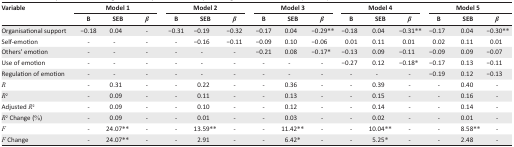
<table><thead><tr><td rowspan="3"><b>Variable</b></td><td colspan="3"><b>Model 1</b></td><td colspan="3"><b>Model 2</b></td><td colspan="3"><b>Model 3</b></td><td colspan="3"><b>Model 4</b></td><td colspan="3"><b>Model 5</b></td></tr><tr><td><b>B</b></td><td><b>SEB</b></td><td><b><i>β</i></b></td><td><b>B</b></td><td><b>SEB</b></td><td><b><i>β</i></b></td><td><b>B</b></td><td><b>SEB</b></td><td><b><i>β</i></b></td><td><b>B</b></td><td><b>SEB</b></td><td><b><i>β</i></b></td><td><b>B</b></td><td><b>SEB</b></td><td><b><i>β</i></b></td></tr></thead><tbody><tr><td>Organisational support</td><td>−0.18</td><td>0.04</td><td>-</td><td>−0.31</td><td>−0.19</td><td>−0.32</td><td>−0.17</td><td>0.04</td><td>−0.29**</td><td>−0.18</td><td>0.04</td><td>−0.31**</td><td>−0.17</td><td>0.04</td><td>−0.30**</td></tr><tr><td>Self-emotion</td><td>-</td><td>-</td><td>-</td><td>-</td><td>−0.16</td><td>−0.11</td><td>−0.09</td><td>0.10</td><td>−0.06</td><td>0.01</td><td>0.11</td><td>0.01</td><td>0.02</td><td>0.11</td><td>0.01</td></tr><tr><td>Others’ emotion</td><td>-</td><td>-</td><td>-</td><td>-</td><td>-</td><td>-</td><td>−0.21</td><td>0.08</td><td>−0.17*</td><td>−0.13</td><td>0.09</td><td>−0.11</td><td>−0.09</td><td>0.09</td><td>−0.07</td></tr><tr><td>Use of emotion</td><td>-</td><td>-</td><td>-</td><td>-</td><td>-</td><td>-</td><td>-</td><td>-</td><td>-</td><td>−0.27</td><td>0.12</td><td>−0.18*</td><td>−0.17</td><td>0.13</td><td>−0.11</td></tr><tr><td>Regulation of emotion</td><td>-</td><td>-</td><td>-</td><td>-</td><td>-</td><td>-</td><td>-</td><td>-</td><td>-</td><td>-</td><td>-</td><td>-</td><td>−0.19</td><td>0.12</td><td>−0.13</td></tr><tr><td><i>R</i></td><td>-</td><td>0.31</td><td>-</td><td>-</td><td>0.22</td><td>-</td><td>-</td><td>0.36</td><td>-</td><td>-</td><td>0.39</td><td>-</td><td>-</td><td>0.40</td><td>-</td></tr><tr><td><i>R</i><sup>2</sup></td><td>-</td><td>0.09</td><td>-</td><td>-</td><td>0.11</td><td>-</td><td>-</td><td>0.13</td><td>-</td><td>-</td><td>0.15</td><td>-</td><td>-</td><td>0.16</td><td>-</td></tr><tr><td>Adjusted <i>R</i><sup>2</sup></td><td>-</td><td>0.09</td><td>-</td><td>-</td><td>0.10</td><td>-</td><td>-</td><td>0.12</td><td>-</td><td>-</td><td>0.14</td><td>-</td><td>-</td><td>0.14</td><td>-</td></tr><tr><td><i>R</i><sup>2</sup> Change (%)</td><td>-</td><td>0.09</td><td>-</td><td>-</td><td>0.01</td><td>-</td><td>-</td><td>0.03</td><td>-</td><td>-</td><td>0.02</td><td>-</td><td>-</td><td>0.01</td><td>-</td></tr><tr><td><i>F</i></td><td>-</td><td>24.07**</td><td>-</td><td>-</td><td>13.59**</td><td>-</td><td>-</td><td>11.42**</td><td>-</td><td>-</td><td>10.04**</td><td>-</td><td>-</td><td>8.58**</td><td>-</td></tr><tr><td><i>F</i> Change</td><td>-</td><td>24.07**</td><td>-</td><td>-</td><td>2.91</td><td>-</td><td>-</td><td>6.42*</td><td>-</td><td>-</td><td>5.25*</td><td>-</td><td>-</td><td>2.48</td><td>-</td></tr></tbody></table>